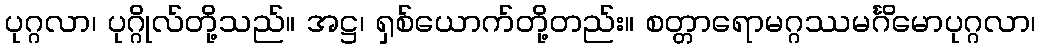
ပုဂ္ဂလာ၊ ပုဂ္ဂိုလ်တို့သည်။ အဋ္ဌ၊ ရှစ်ယောက်တို့တည်း။ စတ္တာရောမဂ္ဂဿမင်္ဂိမောပုဂ္ဂလာ၊